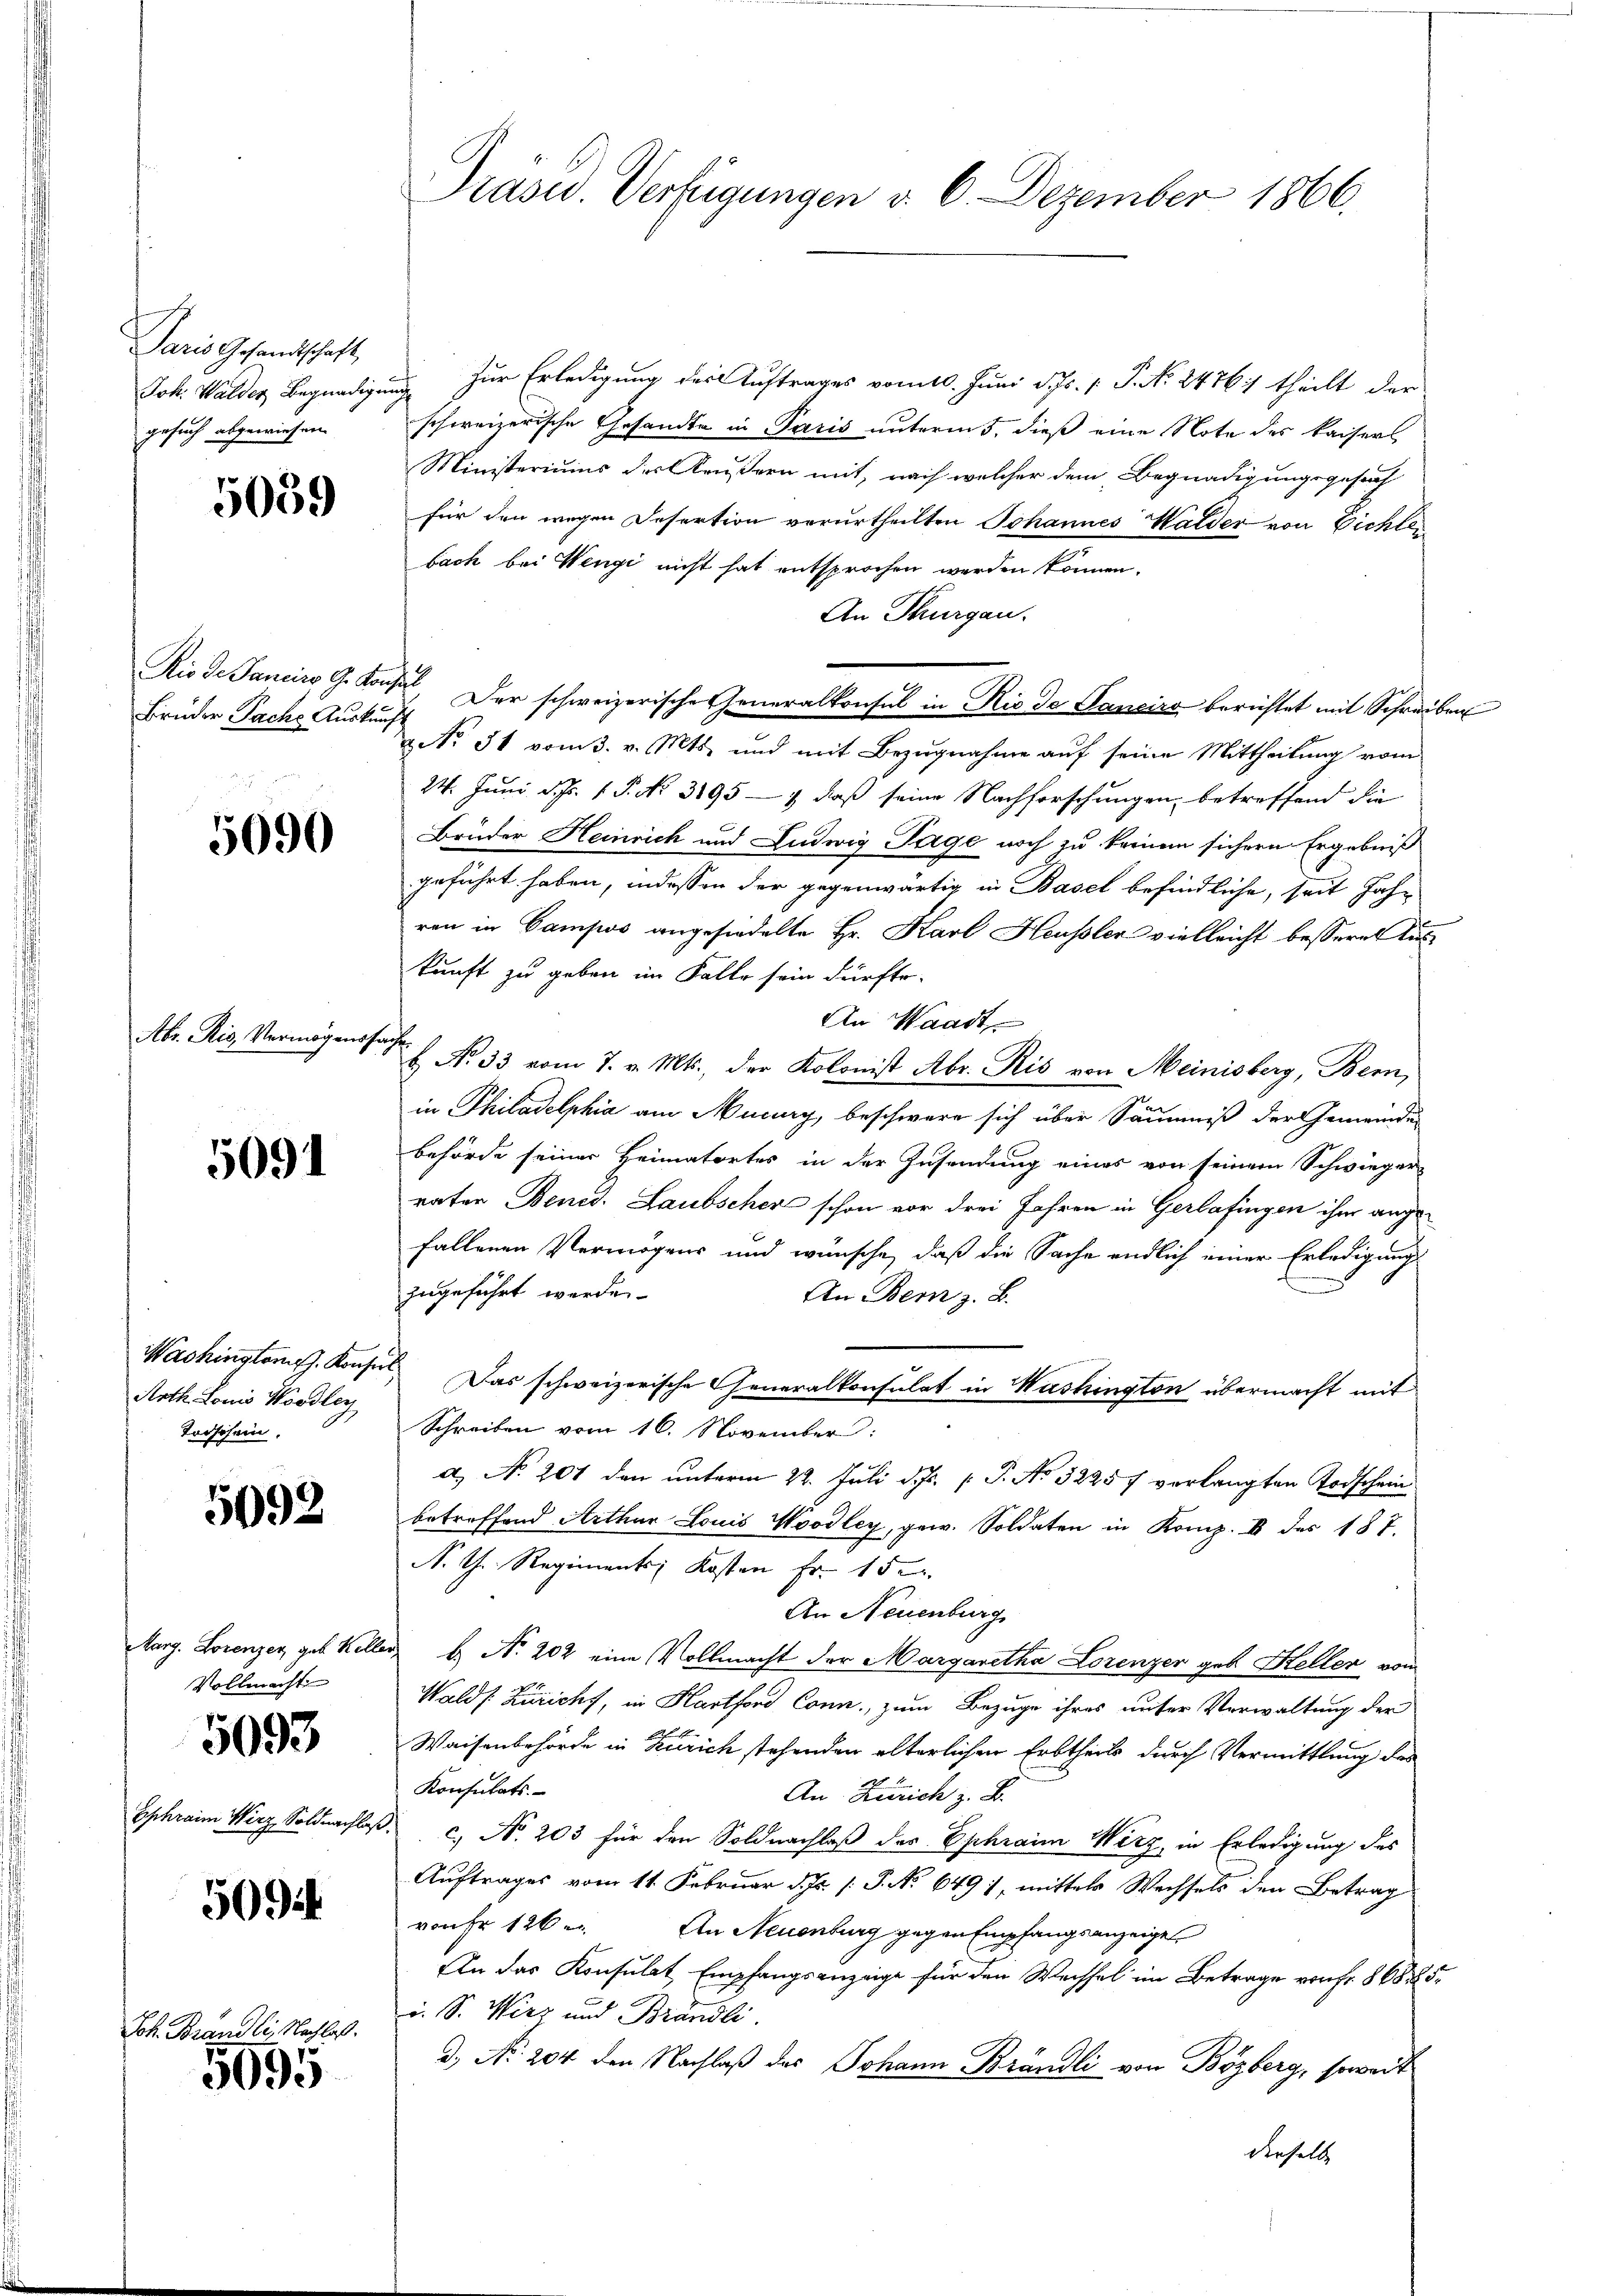
Paris Gesandtschaft,
gesuch abgewiesen.

5059

Brüder Sache Auskunft

5090

Abr. Ris, Vermögenssache.

5091

Arth Louis Nordley
Torschein.

5092

Vollmacht

5093

509 f

Joh. Brand li, Nachlaß.

5095

Prasid. Verfügungen d. 6. Dezember 1866.

Joh. Walder Begnadigung zur Erledigung der Auftrages vom 10. Juni d. Js. [ P. No. 24761) theilt der
schoreizerische Gesandte in Paris unterm 5. dieß eine Note des Kaisers
Ministeriums der Krußern mit, nach welcher dem Begnadigungsgesuch
für den wegen Desertion verurtheilten Johannes Walder von Eichten
bach bei Wengi nicht hat entsprochen werden können.
An Thurgau.
Rio de Janeiro G. Konsul, Der schweizerische Generalkonsul in Rio de Janeiro berichtet mit Schreiben
& No 31 vom 3. v. Mts. und mit Bezugnahme auf seine Mittheilung vom
24. Juni d. J. P. No. 3195 — 1 daß seine Nachforschungen, betreffend die
Brüder Heinrich und Ludwig Tage noch zu keinem sichern Ergebniß
geführt haben, indessen der gegenwärtig in Basel befindliche, seit Jahr
ren in Campios angesiedelte Hr. Karl Heusler vielleicht bessere Auskunft zu geben im Falle sein dürfte.
An Waadt
H. N. 33, vom 7. v. Mts., der Kolonist Abr. Ris von Meinisberg, Bern,
in Philadelphia am Muny, beschwere sich über Säumniß der Gemeinde
behörde seiner Heimatortes in der Zusendung eines von seinem Schwieger-
raten Benis. Laubscher schon vor drei Jahren in Gerlafingen ihm angefallenen Vermögens und wünsche, daß die Sache endlich einer Erledigung
zugeführt werde.
An Bern z. B.
Washington. Konsul Das schweizerische Generalkonsulat in Washington übermacht mit
Schreiben vom 16. November:
d) No 201 den unterm 22. Juli d. J. J. No 32257 vorlangten Todschein
betreffend Arthur Louis Woodley, gew. Soldaten in Komp. 8 des 187.
N. Th. Regiments, Kosten Fr. 15.
An Neuenburg
Marg. Lorenzer, geb. Keller b. Nr. 202 eine Vollmacht der Margaretha Lorenzer geb. Hellen vom
Walds Züricht, in Hartford Conn, zum Bezuge ihres unter Verwaltung der
Waisenbehörde in Zürich stehenden alterlichen Erbtheils durch Vermittlung des
Konsulats.
An Zürich z. B.
Ephrain Wirz Soldnachlaβ. c. No. 203 für den Soldnachlaß des Ephraim Wirz, in Erledigung des
Auftrages vom 11. Februar d. Js. /: P. No 6491, mittels Wechsels den Betrag
vonFr 126. An Neuenburg gegen Empfangsanzeige
An das Konsulat Empfangsanzeige für den Wechsel im Betrage von fr. 868 225.
i. S. Wirz und Brändli
d. No. 204 den Nachlaß des Johann Brändli von Bözberg, soweit
derselbe